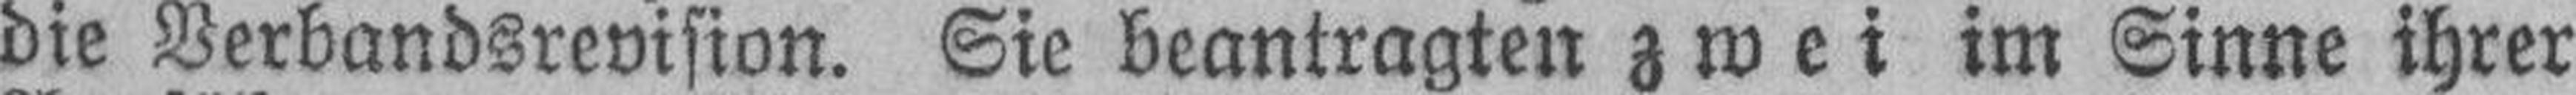
die Verbandsrevision. Sie beantragten zwei im Sinne ihrer